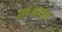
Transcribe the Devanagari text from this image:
सब्जबाग